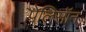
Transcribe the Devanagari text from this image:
पेलिसॉन